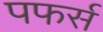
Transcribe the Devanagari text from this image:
पफर्स